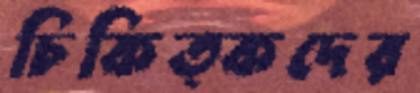
চিকিত্কদের